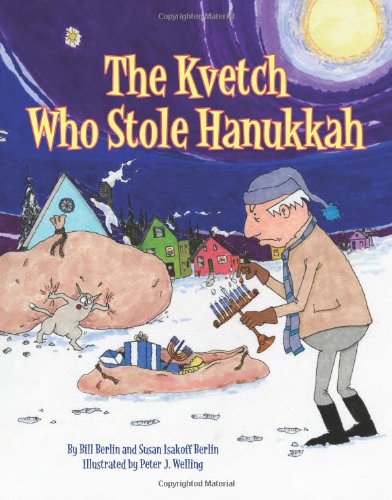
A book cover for Kvetch Who Stole Hanukkah, The; Bill Berlin; Children's Books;